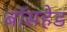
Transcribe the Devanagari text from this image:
बॉसहेड